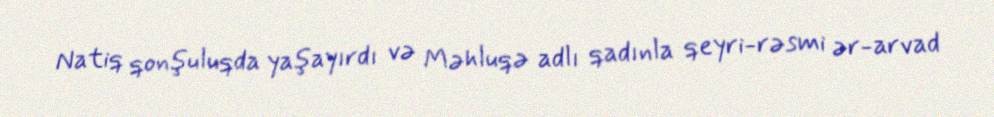
Natiq qonşuluqda yaşayırdı və Məhluqə adlı qadınla qeyri-rəsmi ər-arvad